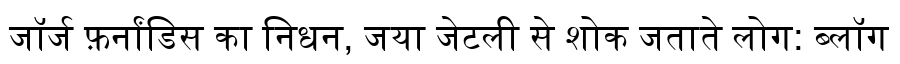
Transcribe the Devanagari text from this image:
जॉर्ज फ़र्नांडिस का निधन, जया जेटली से शोक जताते लोग: ब्लॉग